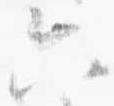
六